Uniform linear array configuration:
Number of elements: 12
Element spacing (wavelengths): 0.5
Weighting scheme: hann
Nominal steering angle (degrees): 0
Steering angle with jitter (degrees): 1.209
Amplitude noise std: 0.05
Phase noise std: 0.05

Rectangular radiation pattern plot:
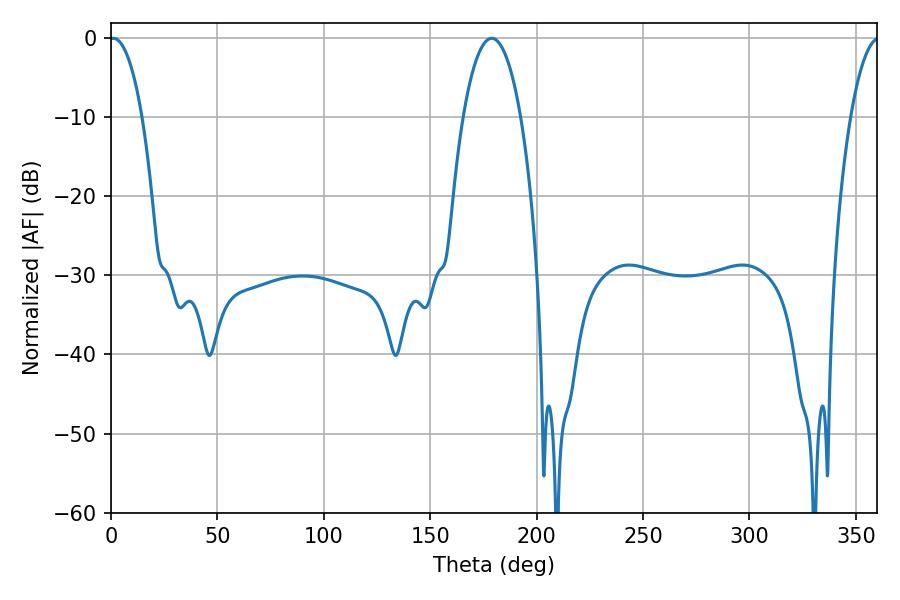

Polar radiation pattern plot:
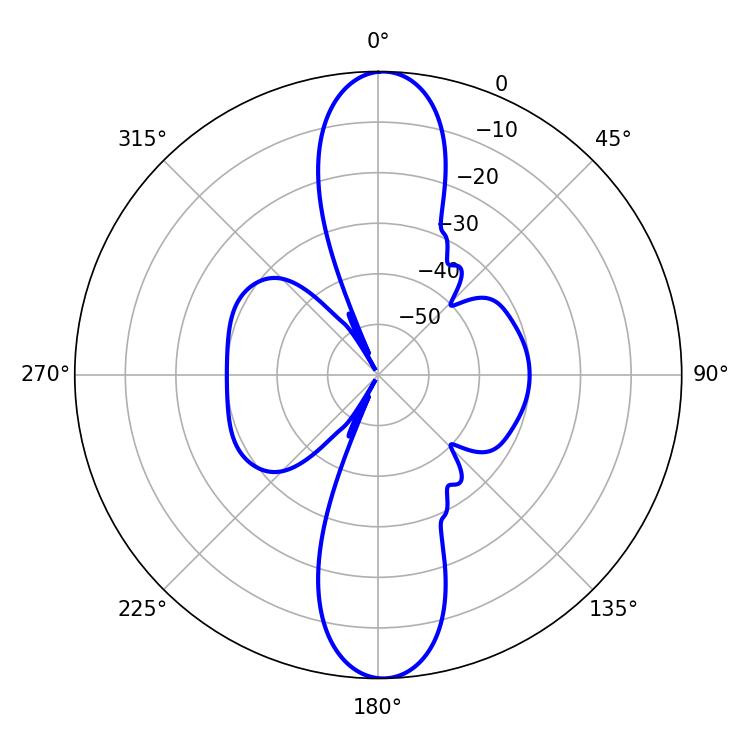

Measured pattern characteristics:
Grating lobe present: FALSE
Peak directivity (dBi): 23.047
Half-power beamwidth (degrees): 8.64
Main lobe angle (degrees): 1.08